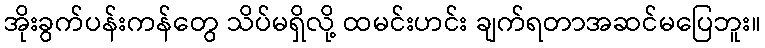
အိုးခွက်ပန်းကန်တွေ သိပ်မရှိလို့ ထမင်းဟင်း ချက်ရတာအဆင်မပြေဘူး။